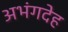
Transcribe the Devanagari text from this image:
अभंगदेह